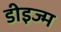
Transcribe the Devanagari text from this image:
डीइज्म